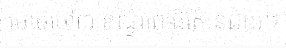
ចោមចៅ៣ ខណ្ឌពោធិសែនជ័យ។